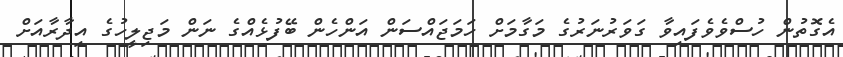
އެގޮތުން ހުސްވެވެފައިވާ ގަވަރުނަރުގެ މަގާމަށް ހަމަޖައްސަން އަންހެން ބޭފުޅެއްގެ ނަން މަޖިލީހުގެ އިދާރާއަށް